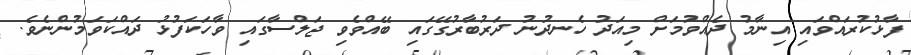
ފާޅުކުރައްވައި އިނާމު ދެއްވުމަށް މިއަދު ހެނދުނު ދަރުބާރުގޭގައި ބޭއްވެވި ޖަލްސާގައި ވާހަކަފުޅު ދައްކަވަމުންނެވެ.